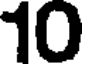
10